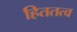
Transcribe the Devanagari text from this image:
हिततत्व